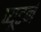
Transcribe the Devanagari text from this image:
प्यूटर्न